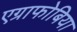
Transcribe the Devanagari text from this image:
एग्राफोबिया